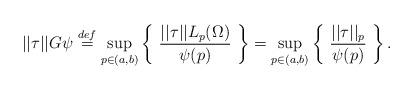
LaTeX: \begin{align*} ||\tau||G\psi \stackrel{def}{=} \sup_{p \in (a,b)} \left\{ \ \frac{||\tau||L_p(\Omega)}{\psi(p)} \ \right\} = \sup_{p \in (a,b)} \left\{ \ \frac{||\tau||_p}{\psi(p)} \ \right\}.\end{align*}